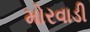
મોરવાડી